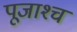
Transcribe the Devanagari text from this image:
पूजाश्‍च